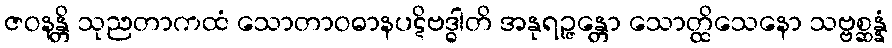
ဇဝနန္တိ သုညတာကထံ သောတာဝဓာနပဋိဗဒ္ဓါတိ အနုရဉ္ဇန္တော သောတ္ထိသေနော သဗ္ဗစ္ဆန္နံ